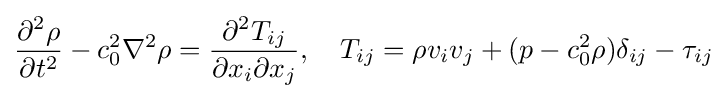
{\frac {\partial ^{2}\rho }{\partial t^{2}}}-c_{0}^{2}\nabla ^{2}\rho ={\frac {\partial ^{2}T_{ij}}{\partial x_{i}\partial x_{j}}},\quad T_{ij}=\rho v_{i}v_{j}+(p-c_{0}^{2}\rho )\delta _{ij}-\tau _{ij}